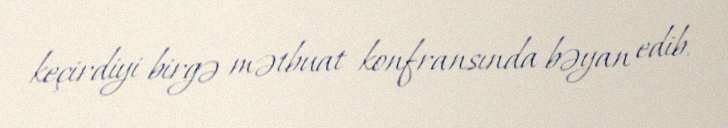
keçirdiyi birgə mətbuat konfransında bəyan edib.